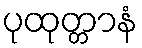
ပုထုတ္တာနံ